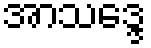
အာသဒ္ဒေ